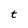
Character: t